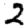
Digit: 2